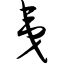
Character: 夷